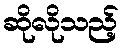
ဆိုလိုသည့်